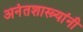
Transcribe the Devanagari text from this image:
अनंतशास्त्र्यांनी